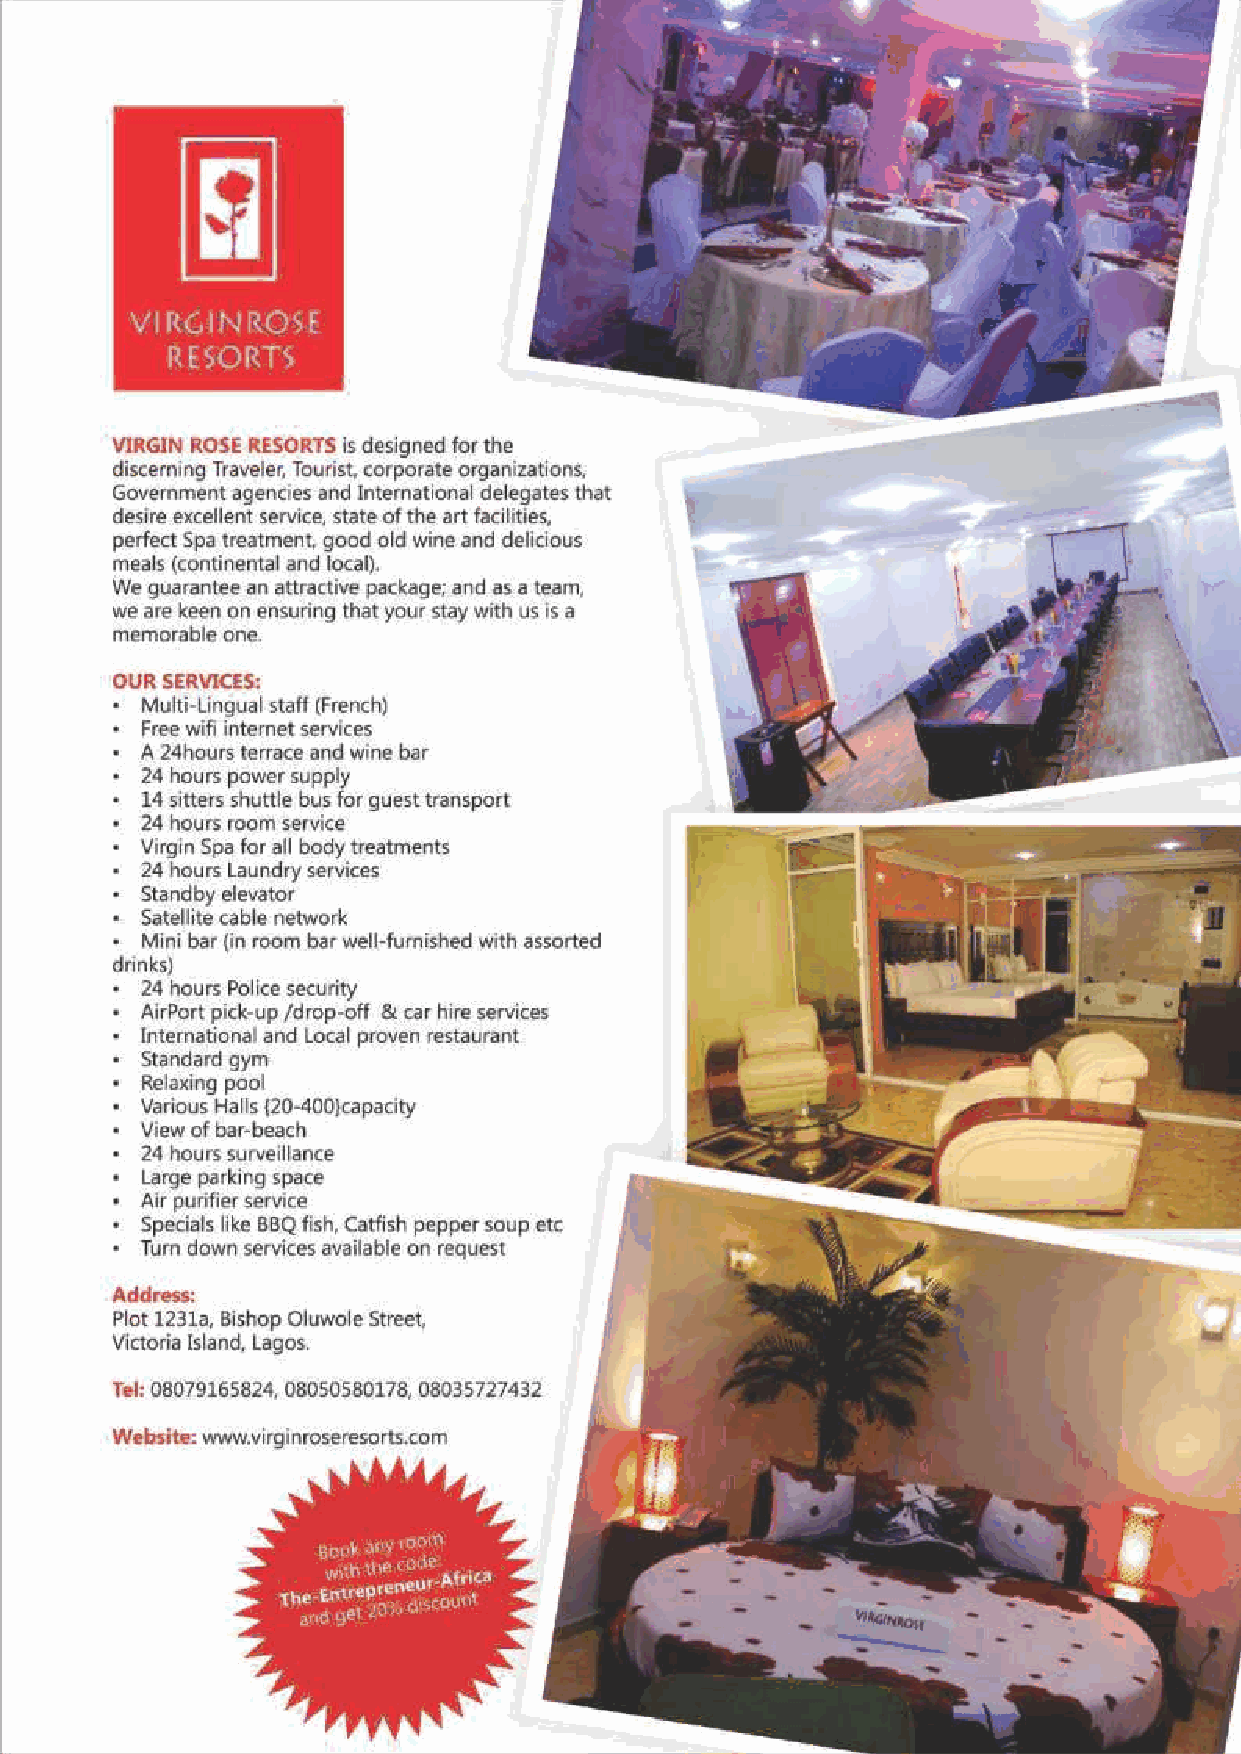
DATES        &   EVENTS
 Ltd
 Grandeur
 Events        Center
 17 Billings Way, Oregun,
 Ikeja, Lagos.
 0802-354-1327
 thegrandeurevent
 Lagoon      Front
 Events     Center
 6, Outer  Marina,  Officers’
 Mess,  (Going  Towards
 V.I), Lagos.
 0817-162-9852
 thelagoonfront
 The     Vantage
 Point
 Plot 12b, Acme   Road,
 Off Agidingbi,  Ikeja, Lagos.
 0817-162-9852
 thevantagepointng
 3  Venues,      Same      High     Standard.
 Dates and Events Ltd provides you excellent locations
 for all kinds of events, ranging from AGMs, weddings,
 birthday parties, and the likes.
 Here, we treat you like a guest at your own event.
 47 - The Entrepreneur Africa February 2018